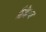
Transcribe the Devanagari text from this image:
मैकेय